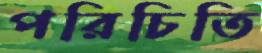
পরিচিতি